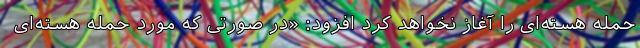
حمله هسته‌ای را آغاز نخواهد کرد افزود: «در صورتی که مورد حمله هسته‌ای